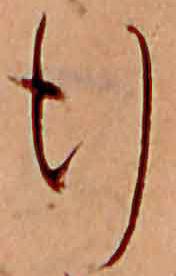
行